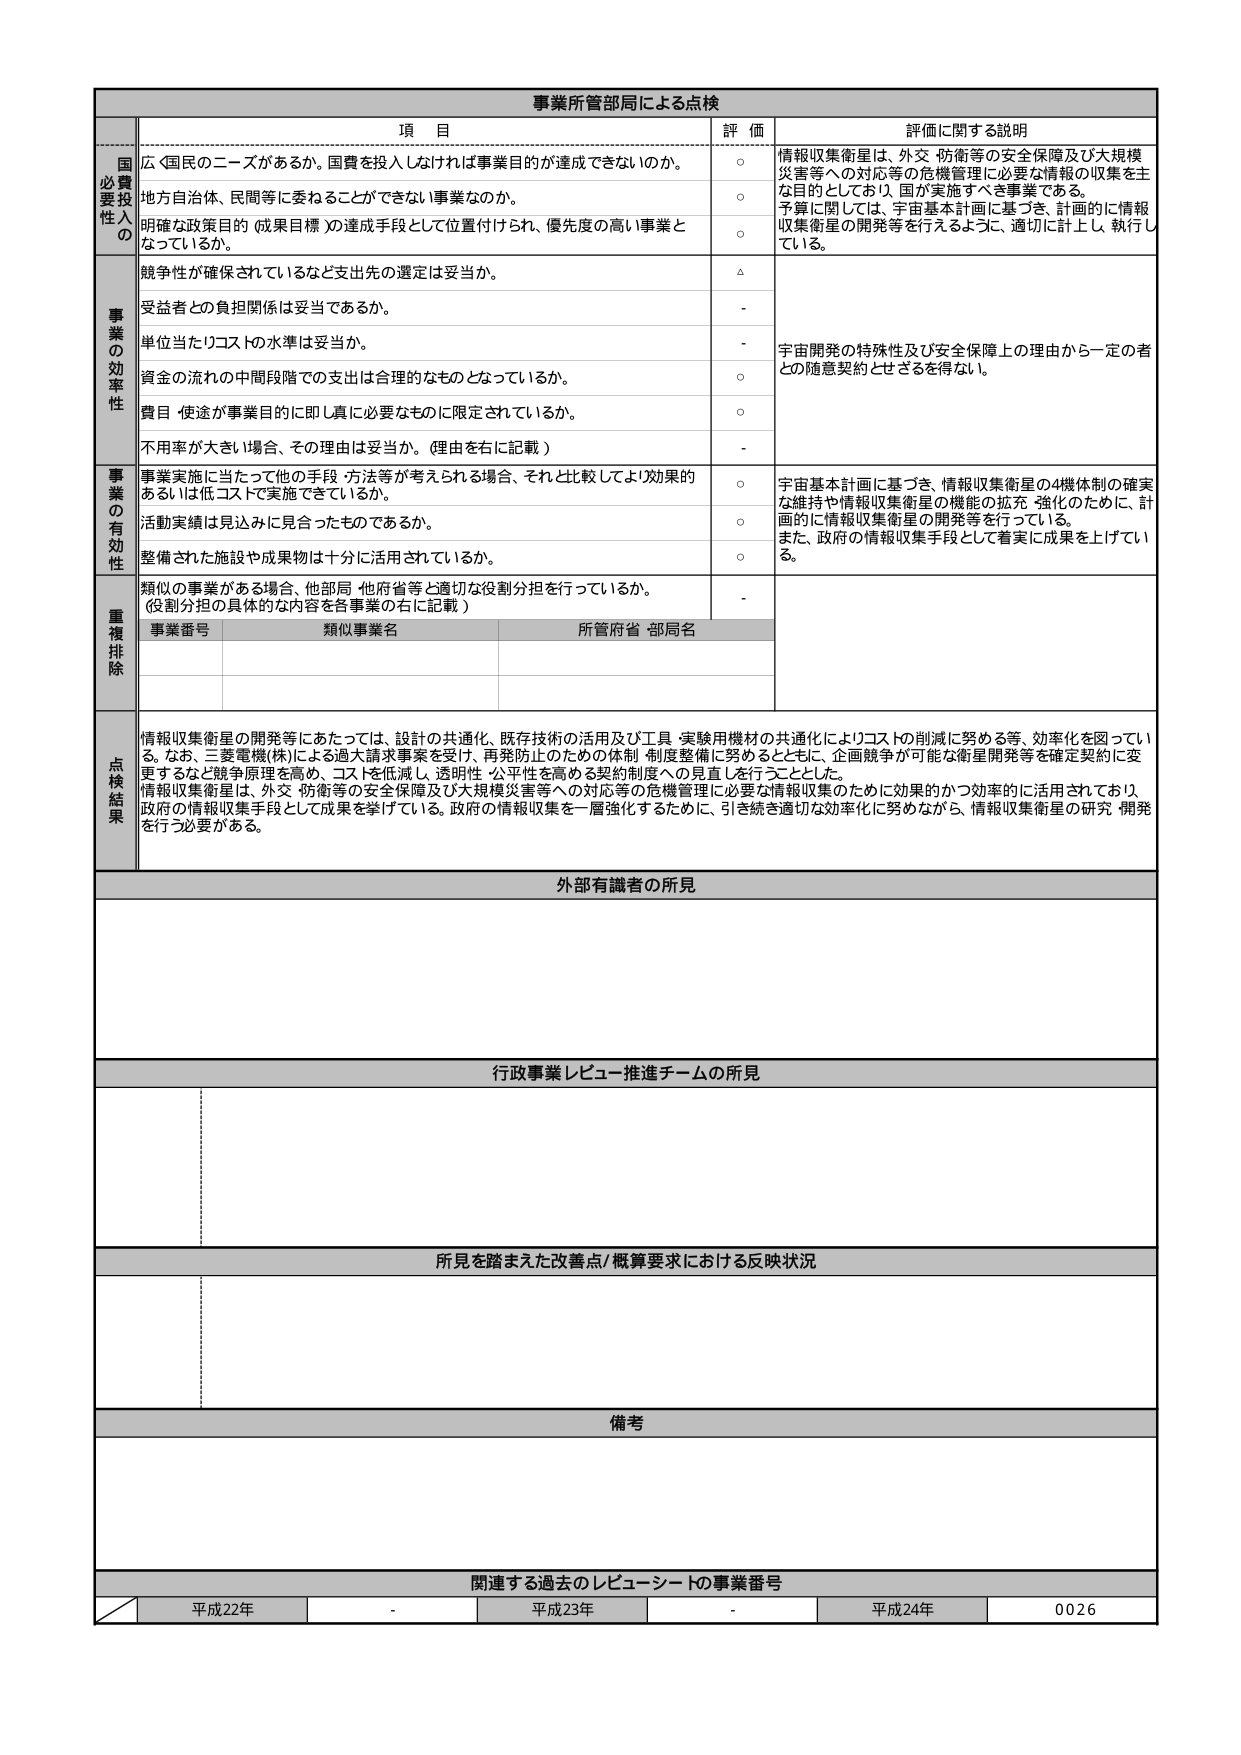
事業所管部局による点検

項 目
評 価
評価に関する説明

国費必要性の
広く国民のニーズがあるか。国費を投入しなければ事業目的が達成できないのか。
○
情報収集衛星は、外交・防衛等の安全保障及び大規模災害等への対応等の危機管理に必要な情報の収集を主な目的としており、国が実施すべき事業である。予算に関しては、宇宙基本計画に基づき、計画的に情報収集衛星の開発等を行えるように、適切に計上し、執行している。

地方自治体、民間等に委ねることができない事業なのか。
○

明確な政策目的（成果目標）の達成手段として位置付けられ、優先度の高い事業となっているか。
○

事業の効率性
競争性が確保されているなど支出先の選定は妥当か。
△
宇宙開発の特殊性及び安全保障上の理由から一定の者との随意契約とせざるを得ない。

受益者との負担関係は妥当であるか。
-

単位当たりコストの水準は妥当か。
-

資金の流れの中間段階での支出は合理的なものとなっているか。
○

費目・使途が事業目的に即し真に必要なものに限定されているか。
○

不用率が大きい場合、その理由は妥当か。（理由を右に記載）
-

事業の有効性
事業実施に当たって他の手段・方法等が考えられる場合、それと比較してより効果的あるいは低コストで実施できているか。
○
宇宙基本計画に基づき、情報収集衛星の4機体制の確実な維持や情報収集衛星の機能の拡充・強化のために、計画的に情報収集衛星の開発等を行っている。また、政府の情報収集手段として着実に成果を上げている。

活動実績は見込みに見合ったものであるか。
○

整備された施設や成果物は十分に活用されているか。
○

重複排除
類似の事業がある場合、他部局・他府省等と適切な役割分担を行っているか。（役割分担の具体的な内容を各事業の右に記載）
-
事業番号
類似事業名
所管府省・部局名

点検結果
情報収集衛星の開発等にあたっては、設計の共通化、既存技術の活用及び工具・実験用機材の共通化によりコストの削減に努める等、効率化を図っている。なお、三菱電機(株)による過大請求事案を受け、再発防止のための体制・制度整備に努めるとともに、企画競争が可能な衛星開発等を確定契約に変更するなど競争原理を高め、コストを低減し、透明性・公平性を高める契約制度への見直しを行うこととした。情報収集衛星は、外交・防衛等の安全保障及び大規模災害等への対応等の危機管理に必要な情報収集のために効果的かつ効率的に活用されており、政府の情報収集手段として成果を挙げている。政府の情報収集を一層強化するために、引き続き適切な効率化に努めながら、情報収集衛星の研究・開発を行う必要がある。

外部有識者の所見

行政事業レビュー推進チームの所見

所見を踏まえた改善点/概算要求における反映状況

備考

関連する過去のレビューシートの事業番号
平成22年
-
平成23年
-
平成24年
0026